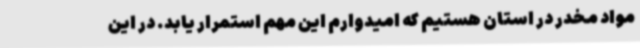
مواد مخدر در استان هستیم که امیدوارم این مهم استمرار یابد. در این